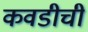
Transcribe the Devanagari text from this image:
कवडीची